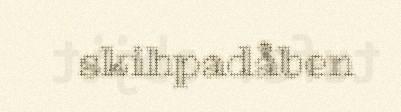
skihpadåben